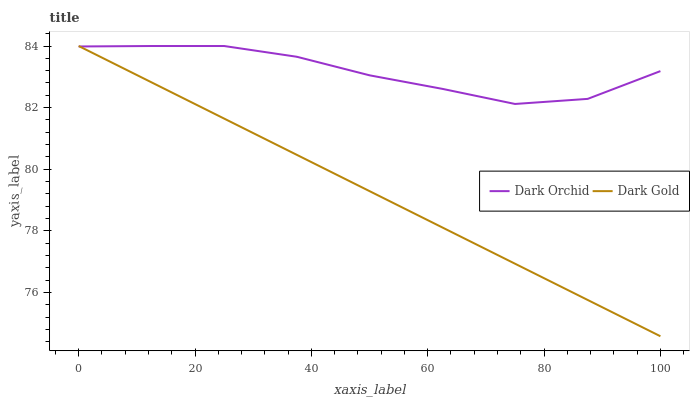
| xaxis_label | Dark Orchid | Dark Gold |
 | --- | --- | --- |
 | 0 | 84 | 84 |
 | 12.5 | 84 | 82.8 |
 | 25 | 84 | 81.6 |
 | 37.5 | 83.7 | 80.5 |
 | 50 | 83 | 79.3 |
 | 62.5 | 82.6 | 78.1 |
 | 75 | 82.1 | 76.9 |
 | 87.5 | 82.3 | 75.8 |
 | 100 | 83.2 | 74.6 |